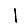
Digit: 1